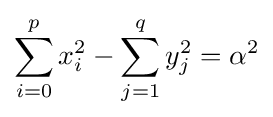
\sum _{i=0}^{p}x_{i}^{2}-\sum _{j=1}^{q}y_{j}^{2}=\alpha ^{2}